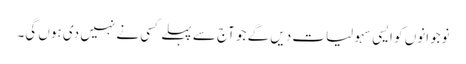
نوجوانوں کو ایسی سہولیات دیں گے جو آج سے پہلے کسی نے نہیں دی ہوں گی۔